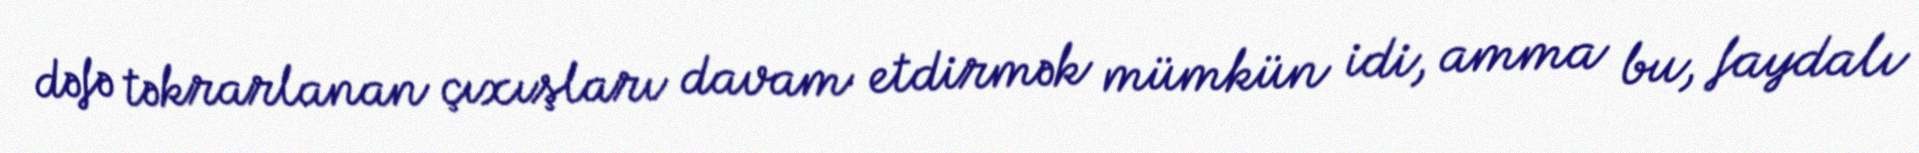
dəfə təkrarlanan çıxışları davam etdirmək mümkün idi, amma bu, faydalı